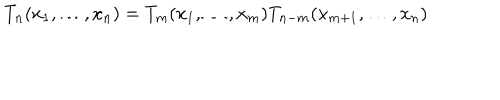
T _ { n } ( x _ { 1 } , \ldots , x _ { n } ) = T _ { m } ( x _ { 1 } , \ldots , x _ { m } ) T _ { n - m } ( x _ { m + 1 } , \ldots , x _ { n } )